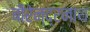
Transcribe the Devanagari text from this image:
बीरेन्द्रनाथ